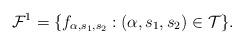
LaTeX: \begin{align*}\mathcal{F}^1 = \{f_{\alpha,s_1,s_2}:(\alpha,s_1,s_2) \in \mathcal{T}\}.\end{align*}